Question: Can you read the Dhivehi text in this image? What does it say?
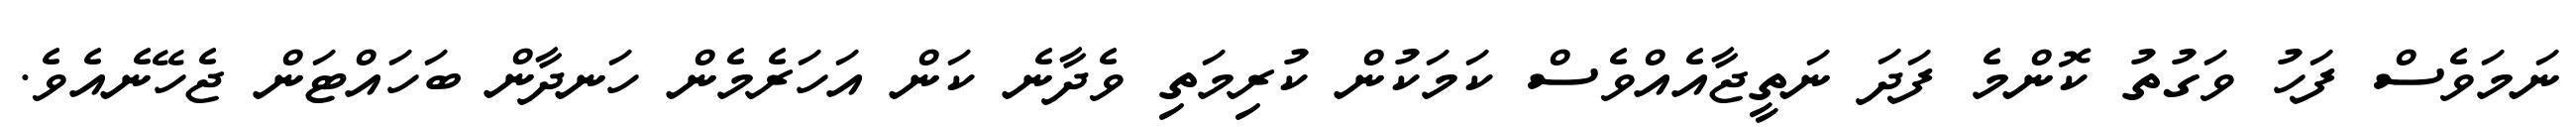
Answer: ނަމަވެސް ފަހު ވަގުތު ކޮންމެ ފަދަ ނަތީޖާއެއްވެސް ކަމަކުން ކުރިމަތި ވެދާނެ ކަން އަހަރެމެން ހަނދާން ބަހައްޓަން ޖެހޭނެއެވެ.